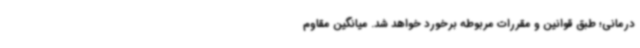
درمانی؛ طبق قوانین و مقررات مربوطه برخورد خواهد شد. میانگین مقاوم